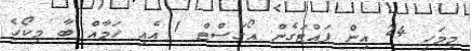
މިމަހި 24 އިން ފައްޓަގެން އޯގަސްޓް 1 އެއި ހަމާއް ބާ މިކޯހެ